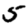
Digit: 5